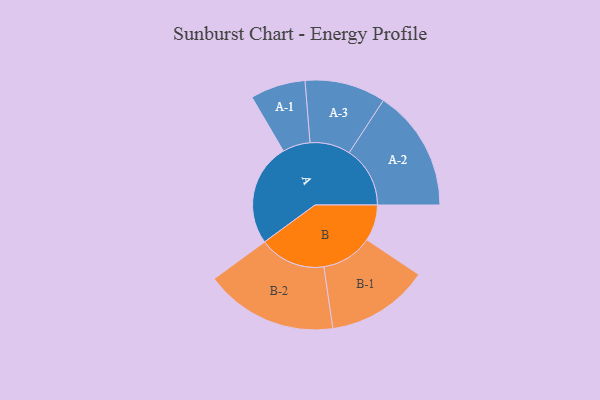
{"axis": {"x": "Segment", "y": "Value"}, "legend": ["", "A", "B"], "data": [{"x": "A", "y": 462, "type": ""}, {"x": "B", "y": 163, "type": ""}, {"x": "A-1", "y": 124, "type": "A"}, {"x": "A-2", "y": 274, "type": "A"}, {"x": "A-3", "y": 182, "type": "A"}, {"x": "B-1", "y": 231, "type": "B"}, {"x": "B-2", "y": 299, "type": "B"}]}